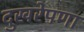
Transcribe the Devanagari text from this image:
दुखरेपणा